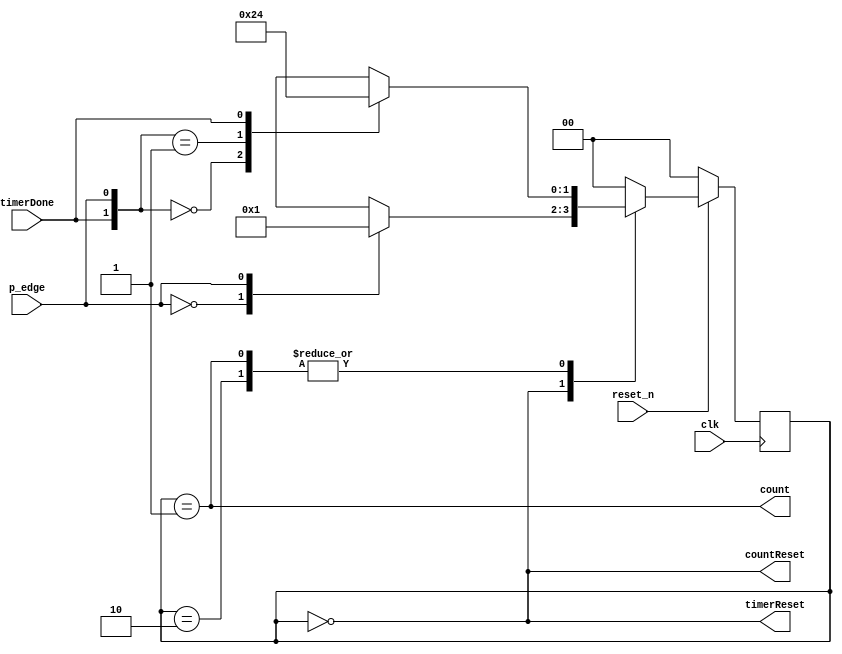
`timescale 1ns / 1ps
//////////////////////////////////////////////////////////////////////////////////
// Company: 
// Engineer: 
// 
// Design Name: 
// Module Name: freq_measurement_fsm
// Project Name: 
// Target Devices: 
// Tool Versions: 
// Description: 
// 
// Dependencies: 
// 
// Revision:
// Revision 0.01 - File Created
// Additional Comments:
// 
//////////////////////////////////////////////////////////////////////////////////


module freq_measurement_fsm(
    input clk, reset_n,
    input p_edge,           // tells the FSM that a posedge occured
    input timerDone,        // tells the FSM that the timer has finished
    output timerReset,      // reset the timer
    output countReset,
    output count            // tell the counter to increment
    );
    
    localparam s0 = 2'd0;
    localparam s1 = 2'd1;
    localparam s2 = 2'd2;
    
    reg [1:0] state_reg, state_next;
    
    always @(posedge clk)
    begin
        if (~reset_n)
            state_reg <= s0;
        else
            state_reg <= state_next;
    end
    
    always @(*)
    begin
        case(state_reg)
            s0: case(p_edge)
                    1'b0: state_next = s0;
                    1'b1: state_next = s1;
                    default: state_next = s0;
                endcase
            s1: casex({timerDone, p_edge})
                    2'b00: state_next = s2;
                    2'b01: state_next = s1;
                    2'b1x: state_next = s0;
                    default: state_next = s0;
                endcase
            s2: casex({timerDone, p_edge})
                    2'b00: state_next = s2;
                    2'b01: state_next = s1;
                    2'b1x: state_next = s0;
                    default: state_next = s0;
                endcase                    
            default: state_next = s0;
        endcase
    end
    
    assign count = (state_reg == s1);
    assign timerReset = (state_reg == s0);
    assign countReset = (state_reg == s0);
endmodule